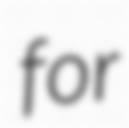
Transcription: for